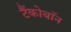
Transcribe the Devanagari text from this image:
टैंकोबाॅन